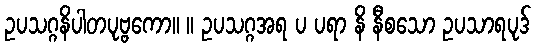
ဥပသဂ္ဂနိပါတပုဗ္ဗကော။ ။ ဥပသဂ္ဂအရ ပ ပရာ နိ နီစသော ဥပသာရပုဒ်